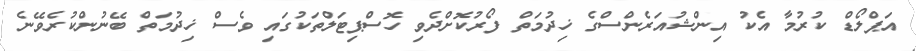
އަޕްލޯޑް ކުރުމާ އެކު އިންޝުއަރެންސްގެ ޚިދުމަތް ފޯރުކޮށްދެވި ހޮސްޕިޓަލްތަކުގައި ވެސް ޚިދުމަތް ބޭނުންކުރެވޭނެ